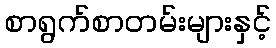
စာရွက်စာတမ်းများနှင့်